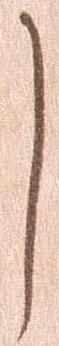
し